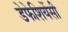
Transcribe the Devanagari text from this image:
डेफेशियेंसी